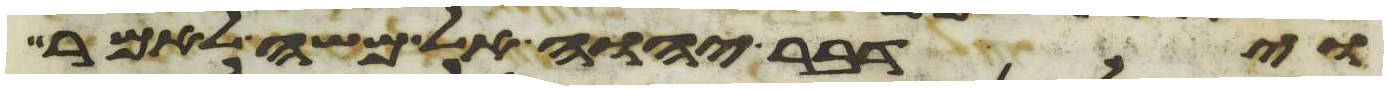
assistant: וידבר יהוה אל משה לאמר